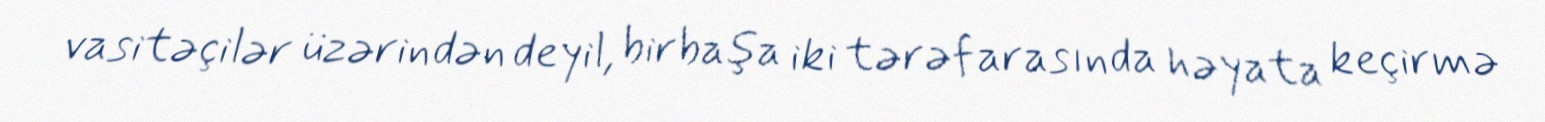
vasitəçilər üzərindən deyil, birbaşa iki tərəf arasında həyata keçirmə